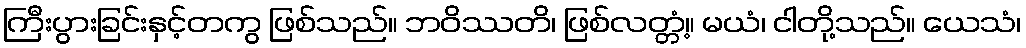
ကြီးပွားခြင်းနှင့်တကွ ဖြစ်သည်။ ဘဝိဿတိ၊ ဖြစ်လတ္တံ့။ မယံ၊ ငါတို့သည်။ ယေသံ၊